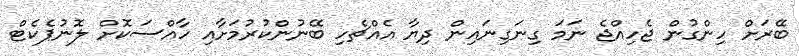
ބޭރަށް ހިންގުން ޖެހިއްޖެ ނަމަ ގިނަގިނައިން ދިޔާ އެއްޗެހި ބޭނުންކުރުމަށާއި ހާއްސަކޮށް ލޮނުޕެކެޓް